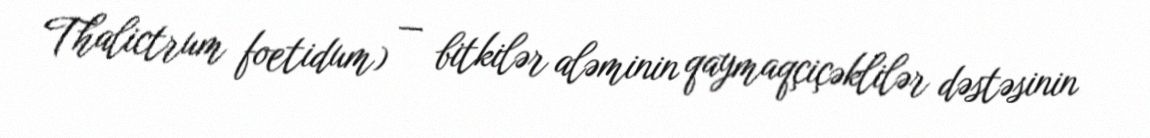
Thalictrum foetidum) — bitkilər aləminin qaymaqçiçəklilər dəstəsinin